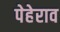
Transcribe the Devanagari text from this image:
पेहेराव